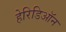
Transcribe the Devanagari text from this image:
हेरिडिऑन